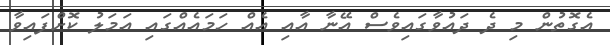
އެގޮތުން މި ދެ ދައުވާގައިވެސް އޭނާ އާއި އެއް ހަމައެއްގައި އަމަލު ކޮށްފައިވާ